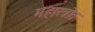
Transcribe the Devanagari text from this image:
महास्त्रोत